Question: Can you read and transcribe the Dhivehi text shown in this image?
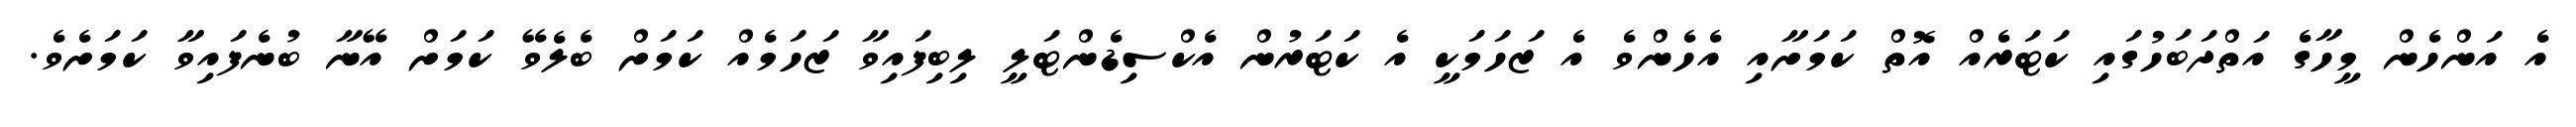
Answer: އެ އަންހެން މީހާގެ އަތްދަބަހުގައި ކަޓަރެއް އޮތް ކަމަށާއި އެހެންވެ އެ ޒަހަމަކީ އެ ކަޓަރުން އެކްސިޑެންޓަލީ ލިބިފައިވާ ޒަހަމެއް ކަމަށް ބެލެވޭ ކަމަށް އޭނާ ބުނެފައިވާ ކަމަށެވެ.